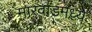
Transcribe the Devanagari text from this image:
मारवाडमध्ये